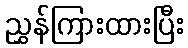
ညွှန်ကြားထားပြီး